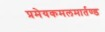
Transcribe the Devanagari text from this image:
प्रमेयकमलमार्तण्ड